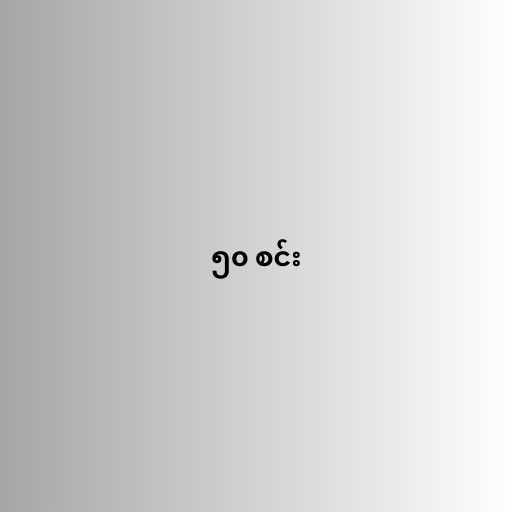
၅၀ စင်း